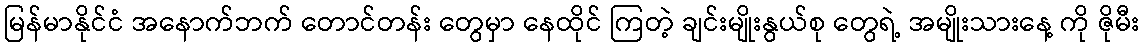
မြန်မာနိုင်ငံ အနောက်ဘက် တောင်တန်း တွေမှာ နေထိုင် ကြတဲ့ ချင်းမျိုးနွယ်စု တွေရဲ့ အမျိုးသားနေ့ ကို ဇိုမီး